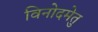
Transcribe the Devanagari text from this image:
विनोदमेतु